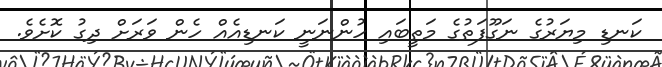
ކަނޑި މިޔަރުގެ ނަގޫފަތުގެ މަތީބައި ހުންނަނީ ކަނޑިއެއް ހެން ވަރަށް ދިގު ކޮށެވެ.